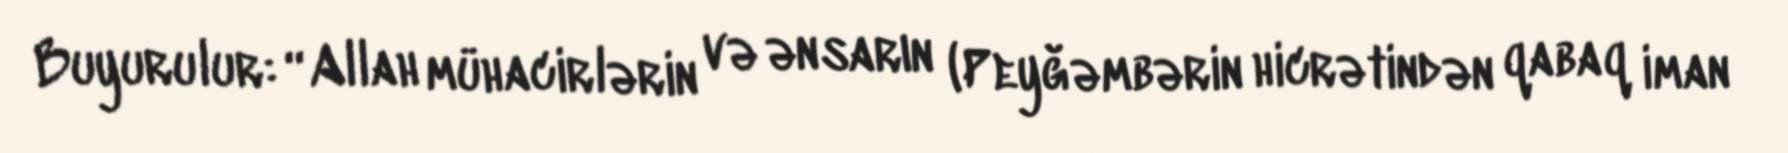
Buyurulur: “Allah mühacirlərin və ənsarın (Peyğəmbərin hicrətindən qabaq iman